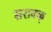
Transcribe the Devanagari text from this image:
सरावक्